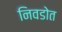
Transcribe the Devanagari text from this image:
निवडोत